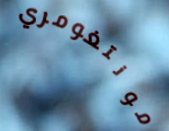
مونتغومري